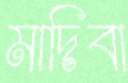
মাদিবা